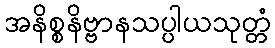
အနိစ္စနိဗ္ဗာနသပ္ပါယသုတ္တံ